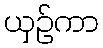
ယှဉ်ကာ